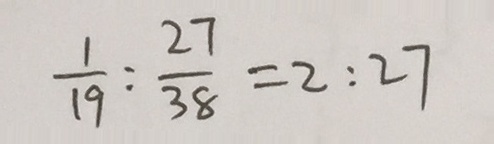
\frac { 1 } { 1 9 } : \frac { 2 7 } { 3 8 } = 2 : 2 7